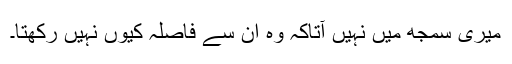
میری سمجھ میں نہیں آتاکہ وہ ان سے فاصلہ کیوں نہیں رکھتا۔